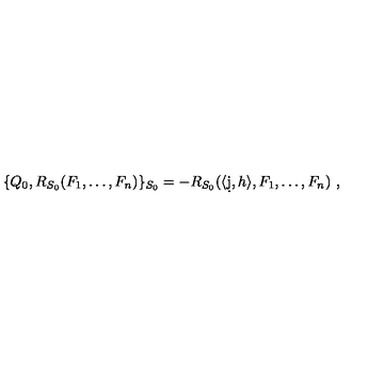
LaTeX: \{ Q _ { 0 } , R _ { S _ { 0 } } ( F _ { 1 } , \ldots , F _ { n } ) \} _ { S _ { 0 } } = - R _ { S _ { 0 } } ( \langle \d j , h \rangle , F _ { 1 } , \ldots , F _ { n } ) \ ,